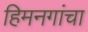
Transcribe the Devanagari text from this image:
हिमनगांचा